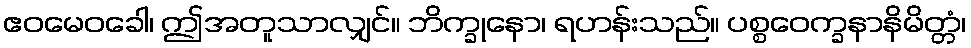
ဧဝမေဝခေါ၊ ဤအတူသာလျှင်။ ဘိက္ခုနော၊ ရဟန်းသည်။ ပစ္စဝေက္ခနာနိမိတ္တံ၊